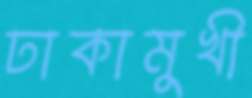
ঢাকামুখী